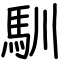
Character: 馴